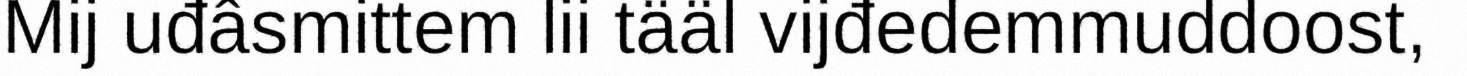
Mij uđâsmittem lii tääl vijđedemmuddoost,